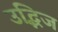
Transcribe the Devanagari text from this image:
उद्भिज